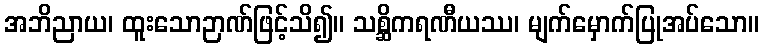
အဘိညာယ၊ ထူးသောဉာဏ်ဖြင့်သိ၍။ သစ္ဆိကရဏီယဿ၊ မျက်မှောက်ပြုအပ်သော။